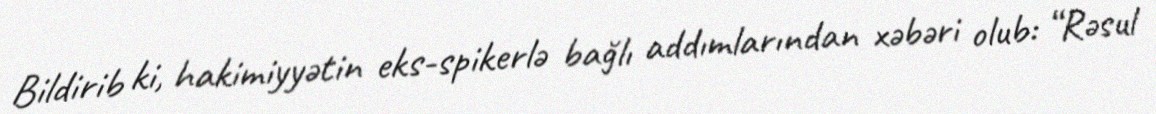
Bildirib ki, hakimiyyətin eks-spikerlə bağlı addımlarından xəbəri olub: “Rəsul